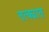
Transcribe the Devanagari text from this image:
तत्क्यात